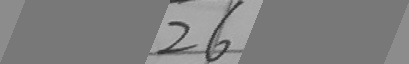
2 6